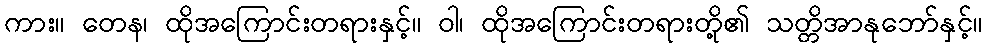
ကား။ တေန၊ ထိုအကြောင်းတရားနှင့်။ ဝါ၊ ထိုအကြောင်းတရားတို့၏ သတ္တိအာနုဘော်နှင့်။